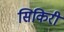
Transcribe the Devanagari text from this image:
सिकिरी